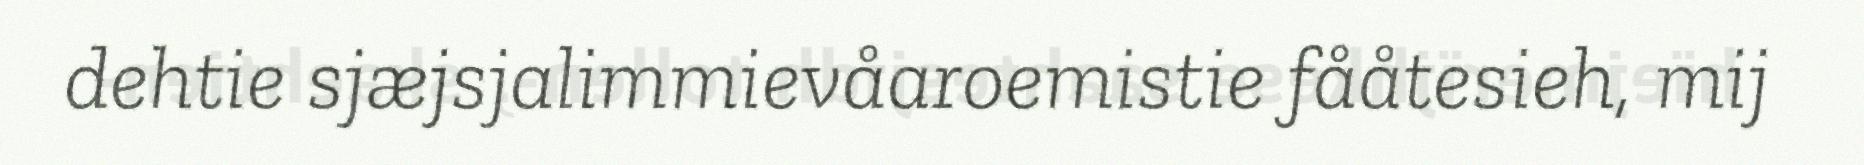
dehtie sjæjsjalimmievåaroemistie fååtesieh, mij